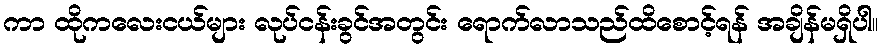
ကာ ထိုကလေးငယ်များ လုပ်ငန်းခွင်အတွင်း ရောက်လာသည်ထိစောင့်ရန် အချိန်မရှိပါ။